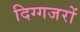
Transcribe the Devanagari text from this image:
दिग्गजरों